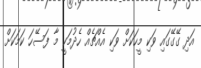
އަދި ގޭގޭގައި ވަކި މީހަކަށް ވަކި އެއްޗެއް ހެދުމަކީ މާ ފަސޭހަ ކަމަކަށް